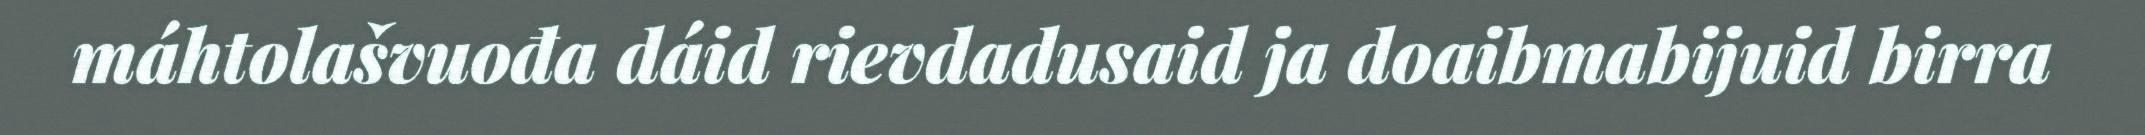
máhtolašvuođa dáid rievdadusaid ja doaibmabijuid birra